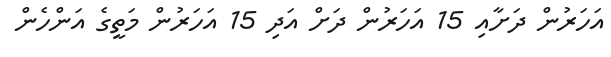
އަހަރުން ދަށާއި 15 އަހަރުން ދަށް އަދި 15 އަހަރުން މަތީގެ އަންހެން